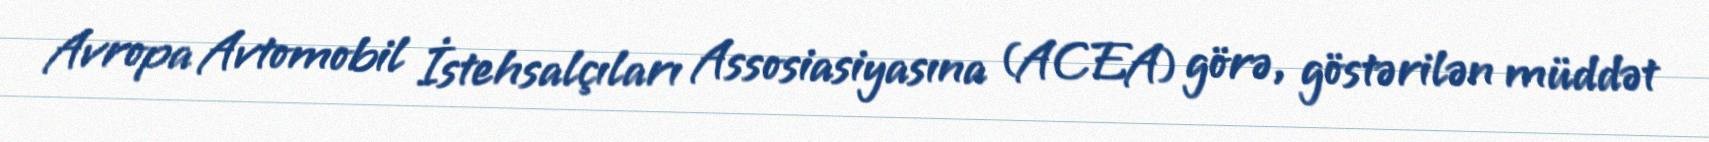
Avropa Avtomobil İstehsalçıları Assosiasiyasına (ACEA) görə, göstərilən müddət